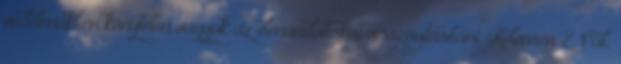
védelmükben kénytelen vagyok az elmondottakat visszautasítani. Kelemen Z. Pál: